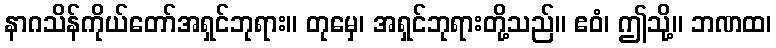
နာဂသိန်ကိုယ်တော်အရှင်ဘုရား။ တုမှေ၊ အရှင်ဘုရားတို့သည်။ ဧဝံ၊ ဤသို့။ ဘဏထ၊